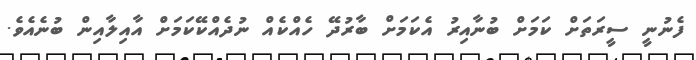
ފެނުނީ ސީރަތަށް ކަމަށް ބުނާއިރު އެކަމަށް ބާރުދޭ ހެއްކެއް ނުދެއްކޭކަމަށް އާއިލާއިން ބުނެއެވެ.